Annual report on the working of the mental hospitals in the Madras Presidency - 1912-1932
Year: 1912
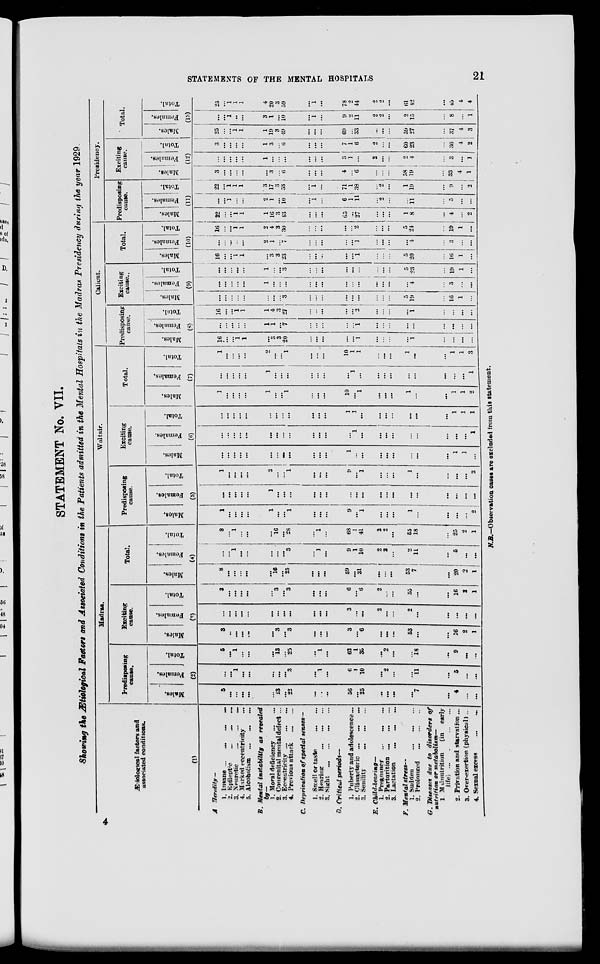
STATEMENTS OF THE MENTAL HOSPITALS
21
STATEMENT No. VII.
Showing the Ætiological Factors and Associated Conditions in the Patients admitted in the Mental Hospitals in the Madras Presidency during the year 1929.
Ætiological factors and
associated conditions.
(1)
A Heredity —
1. Insane ...
...
...
...
2.
Epileptic ... ... ...
3. Neuretic
...
...
...
4. Marked eccentricity ...
5. Alcoholism
...
...
...
B. Mental instability as revealed
by—
1. Moral deficiency
...
...
2. Congenital mental defect ...
3. Eccentricity ... ... ...
4. Previous attack
...
...
C. Deprivation of special senses—
1. Smell or taste
...
...
2. Hearing
...
...
...
3. Sight
...
...
...
...
D. Critical periods—
1. Puberty and adolescence ...
2. Climacteric ... ... ...
3. Senility
...
...
...
E.
Child-bearing—
1. Pregnancy
... ... ...
2. Parturition
...
...
...
3. Lactation ... ... ...
F. Mental stress—
1. Sudden ... ... ...
2. Prolonged
...
...
...
G. Diseases due to disorders of
nutrition or metabolism—
1 Malnutrition
(in early
life)
...
...
...
...
2. Privation and starvation ...
3. Over-exertion (physical)...
4. Sexual excess ... ...
Madras.
Predisposing
cause.
Males.
Females.
Total.
(2)
5
...
...
...
...
...
13
...
22
...
...
...
56
...
25
...
...
...
...
7
...
4
...
...
...
...
1
...
...
...
...
...
3
...
1
...
6
1
10
...
2
...
...
11
...
5
...
...
5
...
1
...
...
...
13
...
25
...
1
...
62
1
35
...
2
...
...
18
...
9
...
...
Exciting
cause.
Males.
Females.
Total.
(3)
3
...
...
...
...
...
3
...
3
...
...
...
3
...
6
...
...
...
53
...
...
16
2
1
...
...
...
...
...
...
...
...
...
...
...
...
3
...
...
2
...
...
2
...
...
...
...
...
3
...
...
...
...
...
3
...
3
...
....
...
6
...
6
2
...
...
55
...
...
16
2
1
Total.
Males.
Females.
Total.
(4)
8
...
...
...
...
...
16
...
25
...
...
...
59
...
31
...
...
...
53
7
...
20
2
1
...
...
1
...
...
...
...
...
3
...
1
...
9
1
10
2
2
...
2
11
...
5
...
...
8
...
1
...
...
...
16
...
28
...
1
...
68
1
41
2
2
...
55
18
...
25
2
1
Waltair.
Predisposing
cause.
Males.
Females.
Total.
(5)
1
...
...
...
...
1
...
...
1
...
...
...
9
...
1
...
...
...
1
...
...
...
...
2
...
...
...
...
...
1
...
...
...
...
...
...
...
...
...
...
...
...
...
...
...
...
...
...
1
...
...
...
...
2
...
...
1
...
...
...
9
...
1
...
...
...
1
...
...
...
...
2
Exciting
cause.
Males.
Females.
Total.
(6)
...
...
...
...
...
...
...
...
...
...
...
...
1
...
...
...
...
...
...
...
...
1
...
...
...
...
...
...
...
...
...
...
...
...
...
...
...
1
...
...
...
...
...
...
...
...
...
1
...
...
...
...
...
...
...
...
...
...
...
...
1
1
...
...
...
...
...
...
...
1
1
1
Total.
Males.
Females.
Total.
(7)
1
...
...
...
...
1
...
...
1
...
...
...
10
...
1
...
...
...
1
...
...
1
1
2
...
...
...
...
...
1
...
...
...
...
...
...
...
1
...
...
...
...
...
...
...
...
...
1
1
...
...
...
...
2
...
...
1
...
...
...
10
1
1
...
...
...
1
...
...
1
1
3
Calicut.
Predisposing
cause.
Males.
Females.
Total.
(8)
16
...
...
1
1
...
3
3
20
...
...
...
...
...
1
...
...
...
...
1
...
...
...
...
...
...
...
...
...
1
1
...
7
...
...
...
...
...
1
...
...
...
...
...
...
...
...
...
16
...
...
1
1
1
4
3
27
...
...
...
...
...
2
...
...
...
...
1
...
...
...
...
Exciting
cause.
Males.
Females.
Total.
(9)
...
...
...
...
...
...
...
...
3
...
...
...
...
...
...
...
...
...
5
19
...
16
1
...
...
...
...
...
...
1
...
...
...
...
...
...
...
...
...
...
...
...
...
4
...
3
...
...
...
...
...
...
...
1
...
...
3
...
...
...
...
...
...
...
...
...
5
23
...
19
1
...
Total.
Males.
Females.
Total.
(10)
16
...
...
1
1
...
3
3
23
...
...
...
...
...
1
...
...
...
5
20
...
16
1
...
...
...
...
...
...
2
1
...
7
...
...
...
...
...
1
...
...
...
...
4
...
3
...
...
16
...
...
1
1
2
4
3
30
...
...
...
...
...
2
...
...
...
5
24
...
19
1
...
Presidency.
Predisposing
cause.
Males.
Females.
Total.
(11)
22
...
...
1
1
1
16
3
43
...
...
...
65
...
27
...
...
...
1
8
...
4
...
2
...
...
1
...
...
2
1
...
10
...
1
...
6
1
11
...
2
...
...
11
...
5
...
...
22
...
1
1
1
3
17
3
53
...
1
...
71
1
38
...
2
...
1
19
...
9
...
2
Exciting
cause.
Males.
Females.
Total.
(12)
3
...
...
...
...
...
3
...
6
...
...
...
4
...
6
...
...
...
58
19
...
33
4
1
...
...
...
...
...
1
...
...
...
...
...
...
3
1
...
2
...
...
2
4
...
3
...
1
3
...
...
...
...
1
3
...
6
...
...
...
7
1
6
2
...
...
60
23
...
36
4
2
Total.
Males.
Females.
Total.
(13)
25
...
...
1
1
1
19
3
49
...
...
...
69
...
33
...
...
...
59
27
...
37
4
3
...
...
1
...
...
3
1
...
10
...
1
...
9
2
11
2
2
...
2
15
...
8
...
1
25
...
1
1
1
4
20
3
59
1
1
...
78
2
44
2
2
...
61
42
...
45
4
4
N.B.—Observation cases are excluded from this statement.
4